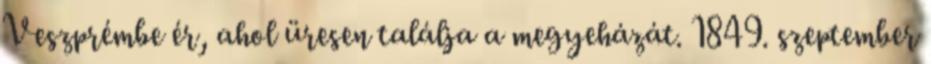
Veszprémbe ér, ahol üresen találja a megyeházát. 1849. szeptember